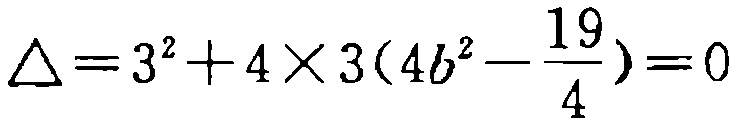
\(\triangle = 3^{2}+4\times3(4b^{2}-\frac{19}{4}) = 0\)